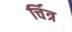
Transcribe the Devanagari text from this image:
र्चित्र